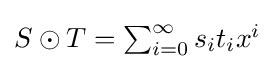
\textstyle S\odot T=\sum _{i=0}^{\infty }s_{i}t_{i}x^{i}